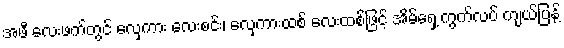
အဖီ လေးဖက်တွင် လှေကား လေးစင်း၊ လှေကားထစ် လေးထစ်ဖြင့် အိမ်ရှေ့ ကွက်လပ် ကျယ်ပြန့်